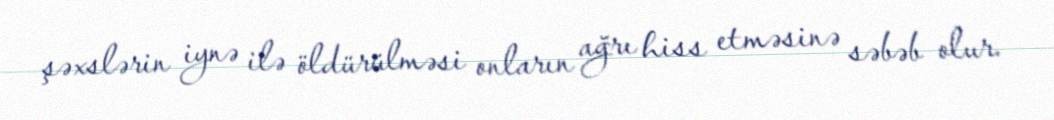
şəxslərin iynə ilə öldürülməsi onların ağrı hiss etməsinə səbəb olur.